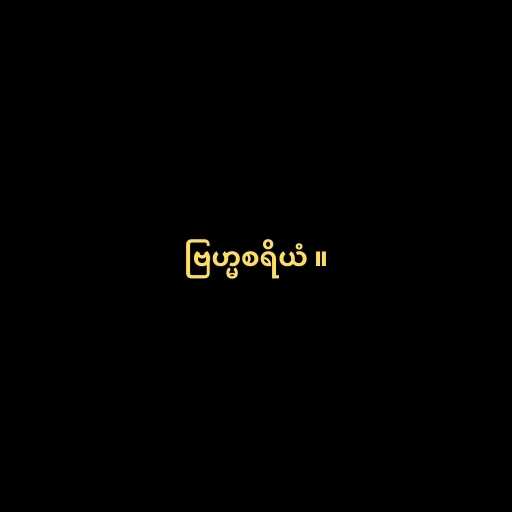
ဗြဟ္မစရိယံ ။